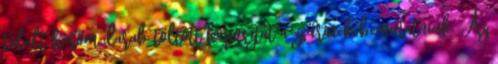
tálalt három darab töltött káposztát a zsűrinek bemutatniuk. Az